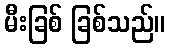
မီးခြစ် ခြစ်သည်။